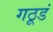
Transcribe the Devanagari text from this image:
गठूडं